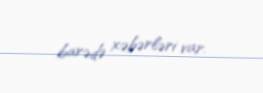
barədə xəbərləri var.